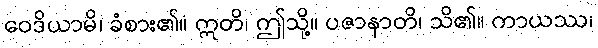
ဝေဒိယာမိ၊ ခံစား၏။ ဣတိ၊ ဤသို့။ ပဇာနာတိ၊ သိ၏။ ကာယဿ၊